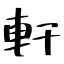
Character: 軒